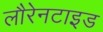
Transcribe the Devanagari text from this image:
लौरेनटाइड